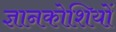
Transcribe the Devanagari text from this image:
ज्ञानकोशियों